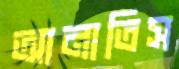
আনাতিস